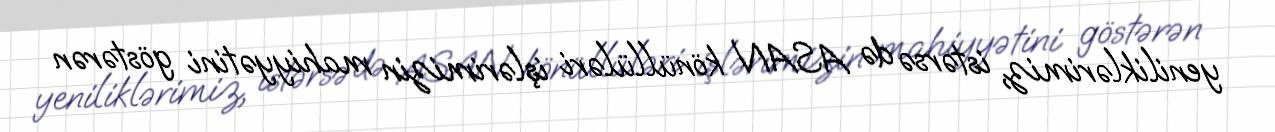
yeniliklərimiz, istərsə də ASAN könüllüləri işlərimizin mahiyyətini göstərən